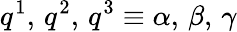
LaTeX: q^{1},\, q^{2},\, q^{3}\equiv\alpha,\, \beta,\, \gamma